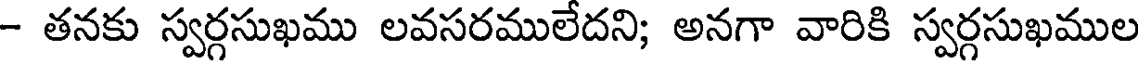
- తనకు స్వర్గసుఖము లవసరములేదని; అనగా వారికి స్వర్గసుఖముల